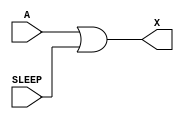
module sky130_fd_sc_lp__inputiso1p (
    X    ,
    A    ,
    SLEEP
);

    // Module ports
    output X    ;
    input  A    ;
    input  SLEEP;

    // Module supplies
    supply1 VPWR;
    supply0 VGND;
    supply1 VPB ;
    supply0 VNB ;

    //  Name  Output  Other arguments
    or  or0  (X     , A, SLEEP       );

endmodule